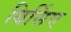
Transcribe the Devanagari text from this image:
बिर्सिए